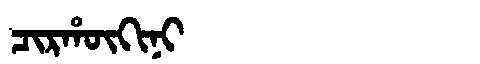
Manchu: ᠴᡳᡵᡥᡡᡴᡳᠨᡳ
Romanization: CIRHŪKINI